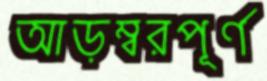
আড়ম্বরপূর্ণ